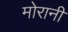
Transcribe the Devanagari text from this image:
मोरानी